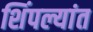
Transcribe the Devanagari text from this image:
शिंपल्यांत